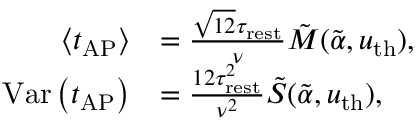
\begin{array} { r l } { \left\langle t _ { \mathrm { A P } } \right\rangle } & { = \frac { \sqrt { 1 2 } \tau _ { \mathrm { r e s t } } } { \nu } \tilde { M } ( \tilde { \alpha } , u _ { \mathrm { t h } } ) , } \\ { \mathrm { V a r } \left( t _ { \mathrm { A P } } \right) } & { = \frac { 1 2 \tau _ { \mathrm { r e s t } } ^ { 2 } } { \nu ^ { 2 } } \tilde { S } ( \tilde { \alpha } , u _ { \mathrm { t h } } ) , } \end{array}